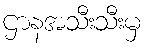
ဌာနအသီးသီးမှ